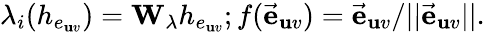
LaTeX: \lambda_{i}(h_{e_{\mathbf{u}v}})=\mathbf{{W}}_{\lambda}h_{e_{\mathbf{u}v}};f(\vec{{\mathbf{{e}}}}_{\mathbf{u}v})=\vec{{\mathbf{{e}}}}_{\mathbf{u}v}/||\vec{{\mathbf{{e}}}}_{\mathbf{u}v}||.